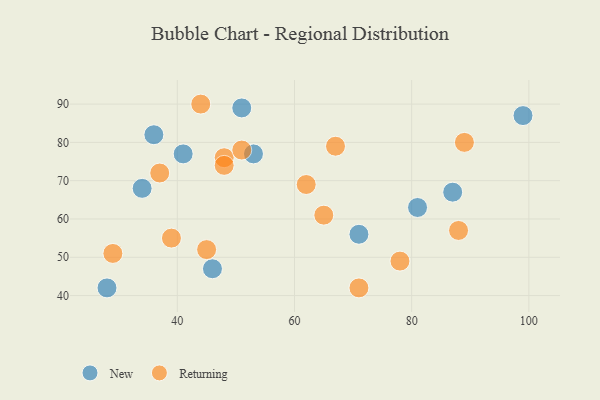
{"axis": {"x": "GDP", "y": "Life Expectancy"}, "legend": ["New", "Returning"], "data": [{"x": "53", "y": 77, "type": "New"}, {"x": "46", "y": 47, "type": "New"}, {"x": "87", "y": 67, "type": "New"}, {"x": "99", "y": 87, "type": "New"}, {"x": "28", "y": 42, "type": "New"}, {"x": "71", "y": 56, "type": "New"}, {"x": "34", "y": 68, "type": "New"}, {"x": "81", "y": 63, "type": "New"}, {"x": "51", "y": 89, "type": "New"}, {"x": "41", "y": 77, "type": "New"}, {"x": "36", "y": 82, "type": "New"}, {"x": "48", "y": 76, "type": "Returning"}, {"x": "89", "y": 80, "type": "Returning"}, {"x": "39", "y": 55, "type": "Returning"}, {"x": "88", "y": 57, "type": "Returning"}, {"x": "67", "y": 79, "type": "Returning"}, {"x": "62", "y": 69, "type": "Returning"}, {"x": "65", "y": 61, "type": "Returning"}, {"x": "51", "y": 78, "type": "Returning"}, {"x": "29", "y": 51, "type": "Returning"}, {"x": "71", "y": 42, "type": "Returning"}, {"x": "48", "y": 74, "type": "Returning"}, {"x": "45", "y": 52, "type": "Returning"}, {"x": "78", "y": 49, "type": "Returning"}, {"x": "37", "y": 72, "type": "Returning"}, {"x": "44", "y": 90, "type": "Returning"}]}